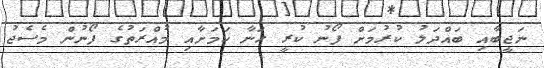
ނަޖީބާއި ބައްދަލު ކުރުމަށް ފޯނު ކުރީ ހަނާ ކަމަށާއި މުއްރަތުގެ ފޯނުން މެސެޖު